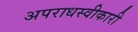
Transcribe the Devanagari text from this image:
अपराधस्वीकारी